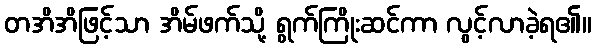
တအိအိဖြင့်သာ အိမ်ဖက်သို့ ရွက်ကြိုးဆင်ကာ လွင့်လာခဲ့ရ၏။